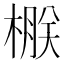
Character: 㮳